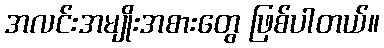
အလင်းအမျိုးအစားတွေ ဖြစ်ပါတယ်။